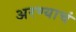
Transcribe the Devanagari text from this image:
अरण्याचं